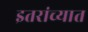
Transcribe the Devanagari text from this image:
इतरांच्यात